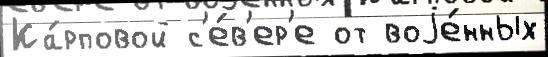
Ка́рповой с'е́в'ер'е от воjе́нных